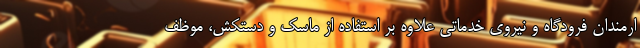
ارمندان فرودگاه و نیروی خدماتی علاوه بر استفاده از ماسک و دستکش، موظف